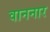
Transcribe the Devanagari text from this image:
वाननार